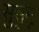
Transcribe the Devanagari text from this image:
सुसुमू